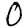
Digit: 0